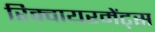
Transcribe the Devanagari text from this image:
रिक्वायरमेंट्स